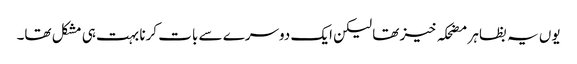
یوں یہ بظاہر مضحکہ خیز تھا لیکن ایک دوسرے سے بات کرنا بہت ہی مشکل تھا۔